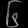
Digit: ၆